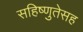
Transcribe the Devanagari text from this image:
सहिष्णुतेसह